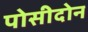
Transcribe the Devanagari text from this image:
पोसीदोन